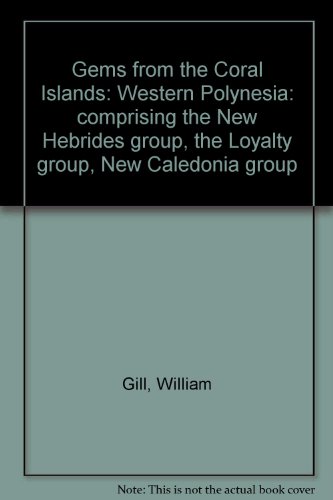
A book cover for Gems from the Coral Islands: Western Polynesia: comprising the New Hebrides group, the Loyalty group, New Caledonia group; William Gill; Travel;